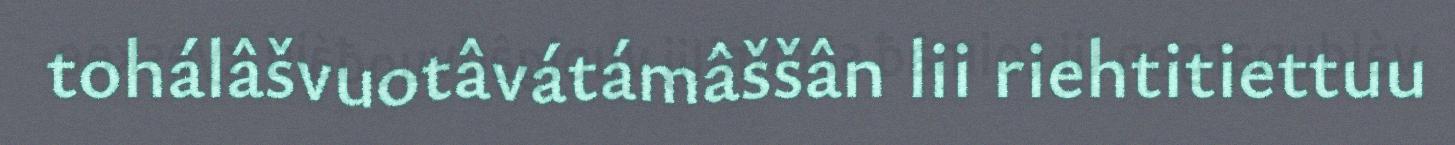
tohálâšvuotâvátámâššân lii riehtitiettuu